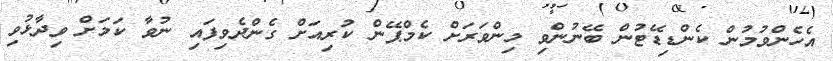
އެހެންވުމުން ކެންޑިޑޭޓުން ބޭނުންވި މިންވަރަށް ކެމްޕޭން ކުރިއަށް ގެންދެވިފައި ނުވާ ކަމަށް ވިދާޅުވި